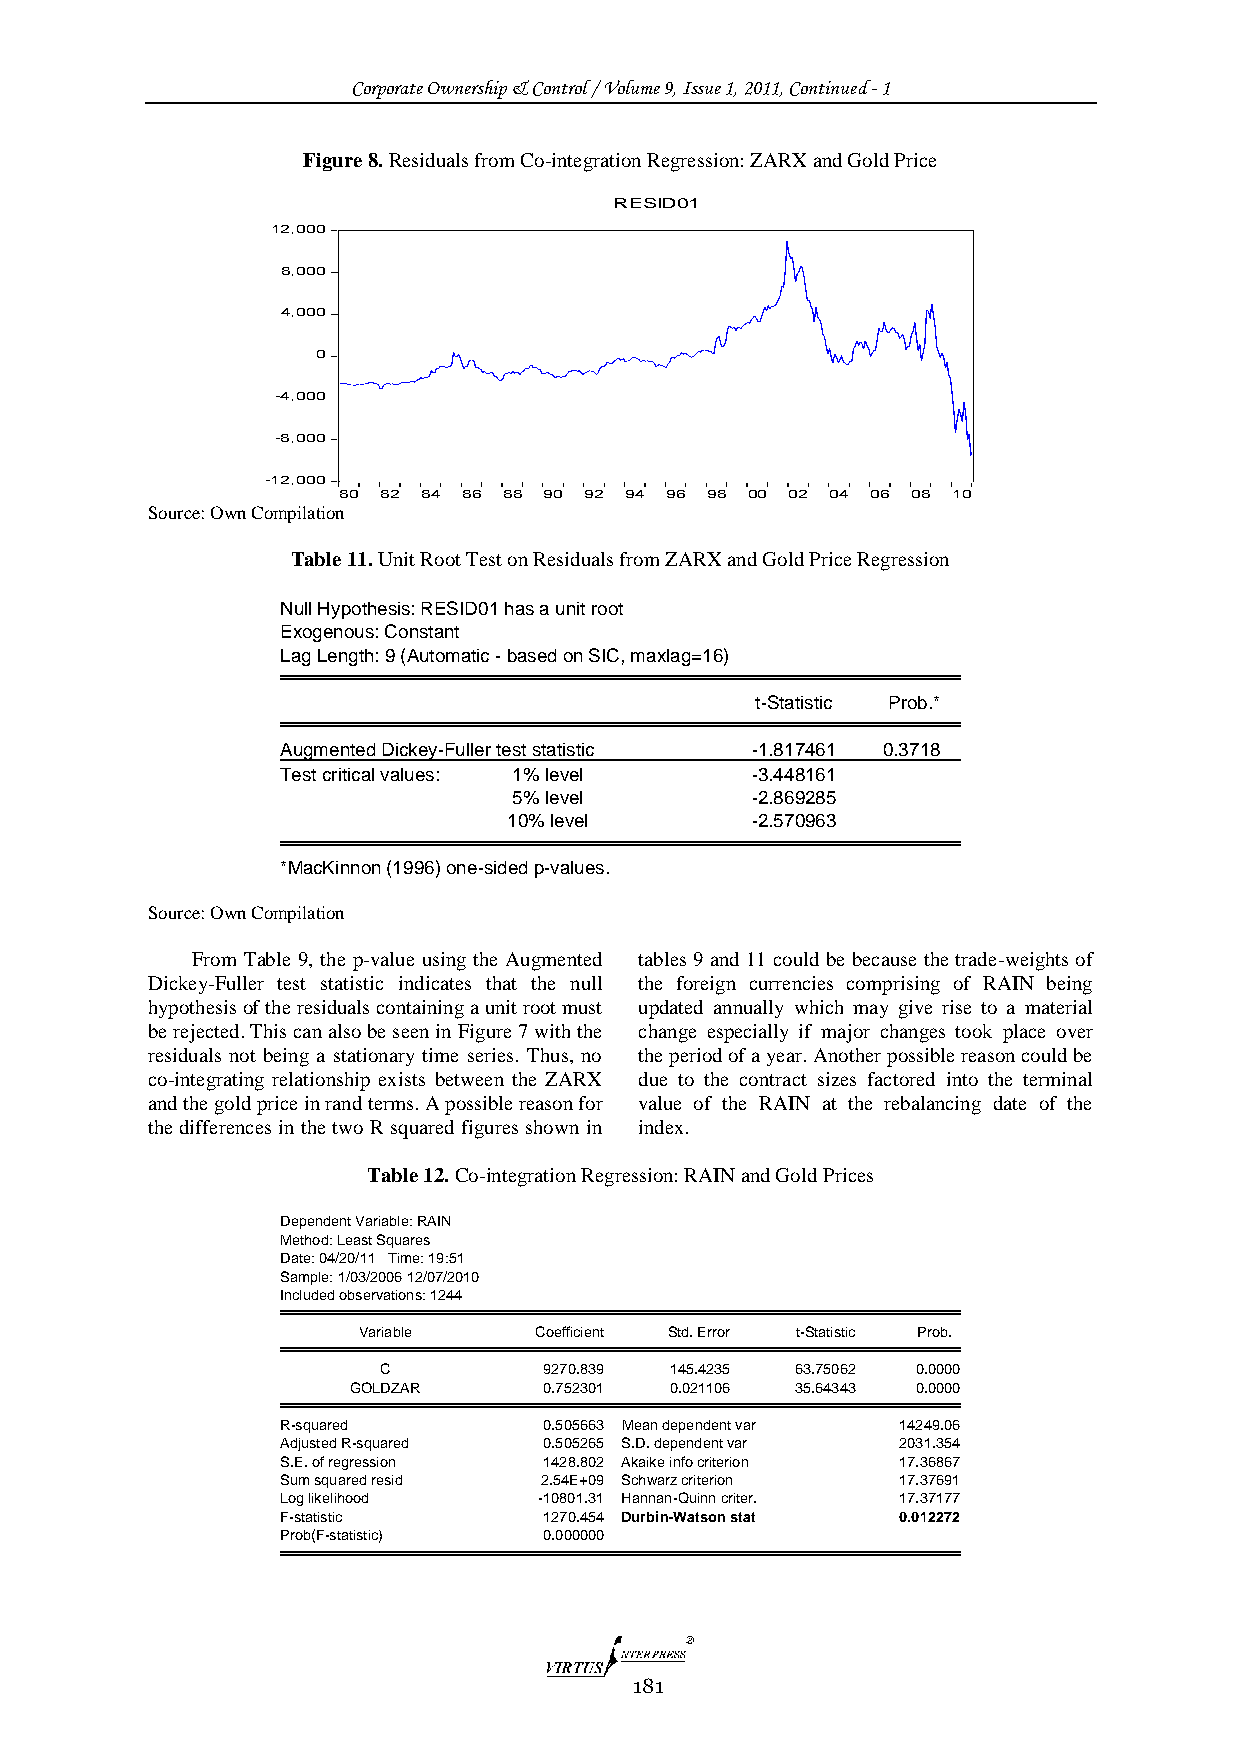
Corporate Ownership & Control / Volume 9, Issue 1, 2011, Continued - 1
 Figure 8. Residuals from Co-integration Regression: ZARX and Gold Price
 RESID01
 12,000
 8,000
 4,000
 0
 -4,000
 -8,000
 -12,000
 80 82 84 86 88 90 92 94 96 98 00 02 04 06 08 10
 Source: Own Compilation
 Table 11. Unit Root Test on Residuals from ZARX and Gold Price Regression
 Null Hypothesis: RESID01 has a unit root
 Exogenous: Constant
 Lag Length: 9 (Automatic - based on SIC, maxlag=16)
 t-Statistic Prob.*
 Augmented Dickey-Fuller test statistic -1.817461 0.3718
 Test critical values: 1% level -3.448161
 5% level        -2.869285
 10% level       -2.570963
 *MacKinnon (1996) one-sided p-values.
 Source: Own Compilation
 From Table 9, the p-value using the Augmented tables 9 and 11 could be because the trade-weights of
 Dickey-Fuller test statistic indicates that the null the foreign currencies comprising of RAIN being
 hypothesis of the residuals containing a unit root must updated annually which may give rise to a material
 be rejected. This can also be seen in Figure 7 with the change especially if major changes took place over
 residuals not being a stationary time series. Thus, no the period of a year. Another possible reason could be
 co-integrating relationship exists between the ZARX due to the contract sizes factored into the terminal
 and the gold price in rand terms. A possible reason for value of the RAIN at the rebalancing date of the
 the differences in the two R squared figures shown in index.
 Table 12. Co-integration Regression: RAIN and Gold Prices
 Dependent Variable: RAIN
 Method: Least Squares
 Date: 04/20/11 Time: 19:51
 Sample: 1/03/2006 12/07/2010
 Included observations: 1244
 Varia ble  Co efficient S td. Error t-Statistic Prob.
 C          9 270.839 145.4235 63.75062 0.0000
 GOLDZAR      0.752301 0.021106 35.64343 0.0000
 R-squared        0 .505663 Mean d ependent var 14 249.06
 Adjusted R-squared 0.505265 S.D. dependent var 2031.354
 S.E. of regression 1428.802 Akaike info criterion 17.36867
 Sum squared resid 2.54E+09 Schwarz criterion 17.37691
 Log likelihood   -10801.31 Hannan-Quinn criter. 17.37177
 F-statistic      1270.454 Durbin-Watson stat 0.012272
 Prob(F-statistic) 0.000000
 Sou
 181